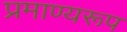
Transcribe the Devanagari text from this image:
प्रमाण्यरूप